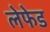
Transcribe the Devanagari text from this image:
लेफेड